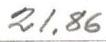
21,86